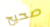
صحيح